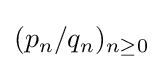
(p_{n}/q_{n})_{n\geq 0}